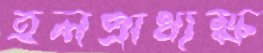
হলপ্রাধ্যক্ষ